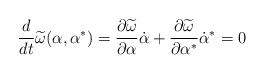
\begin{align*}\frac {d}{dt}\widetilde \omega (\alpha ,\alpha ^{*})=\frac {\partial \widetilde \omega }{\partial \alpha }\dot \alpha +\frac {\partial \widetilde \omega }{\partial \alpha ^{*}}\dot \alpha ^{*}=0\end{align*}